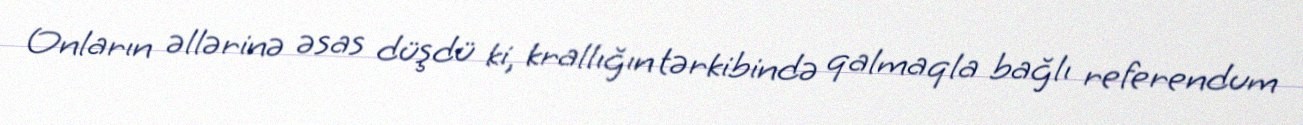
Onların əllərinə əsas düşdü ki, krallığın tərkibində qalmaqla bağlı referendum